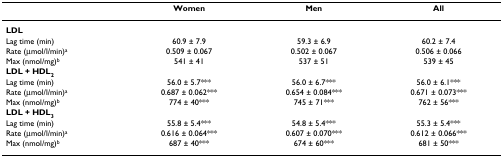
<table><thead><tr><td></td><td><b>Women</b></td><td><b>Men</b></td><td><b>All</b></td></tr></thead><tbody><tr><td><b>LDL</b></td><td></td><td></td><td></td></tr><tr><td>Lag time (min)</td><td>60.9 ± 7.9</td><td>59.3 ± 6.9</td><td>60.2 ± 7.4</td></tr><tr><td>Rate (μmol/l/min)<sup>a</sup></td><td>0.509 ± 0.067</td><td>0.502 ± 0.067</td><td>0.506 ± 0.066</td></tr><tr><td>Max (nmol/mg)<sup>b</sup></td><td>541 ± 41</td><td>537 ± 51</td><td>539 ± 45</td></tr><tr><td><b>LDL + HDL<sub>2</sub></b></td><td></td><td></td><td></td></tr><tr><td>Lag time (min)</td><td>56.0 ± 5.7***</td><td>56.0 ± 6.7***</td><td>56.0 ± 6.1***</td></tr><tr><td>Rate (μmol/l/min)<sup>a</sup></td><td>0.687 ± 0.062***</td><td>0.654 ± 0.084***</td><td>0.671 ± 0.073***</td></tr><tr><td>Max (nmol/mg)<sup>b</sup></td><td>774 ± 40***</td><td>745 ± 71***</td><td>762 ± 56***</td></tr><tr><td><b>LDL + HDL<sub>3</sub></b></td><td></td><td></td><td></td></tr><tr><td>Lag time (min)</td><td>55.8 ± 5.4***</td><td>54.8 ± 5.4***</td><td>55.3 ± 5.4***</td></tr><tr><td>Rate (μmol/l/min)<sup>a</sup></td><td>0.616 ± 0.064***</td><td>0.607 ± 0.070***</td><td>0.612 ± 0.066***</td></tr><tr><td>Max (nmol/mg)<sup>b</sup></td><td>687 ± 40***</td><td>674 ± 60***</td><td>681 ± 50***</td></tr></tbody></table>